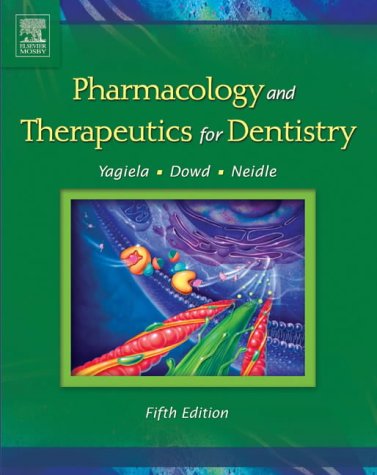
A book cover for Pharmacology and Therapeutics for Dentistry, 5e; John A. Yagiela DDS  PhD; Medical Books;